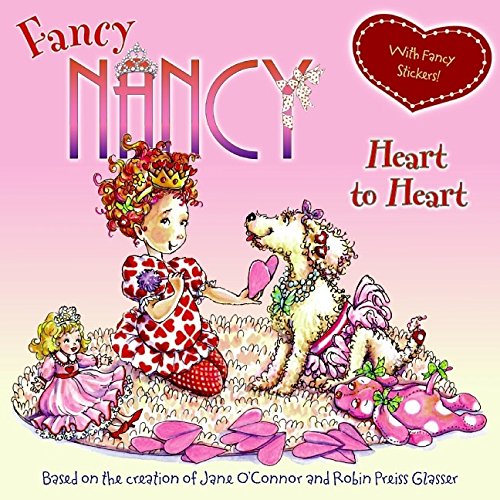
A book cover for Fancy Nancy: Heart to Heart; Jane O'Connor; Children's Books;